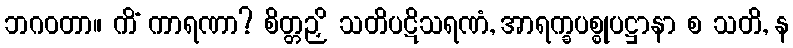
ဘဂဝတာ။ ကိံ ကာရဏာ? စိတ္တဉှိ သတိပဋိသရဏံ, အာရက္ခပစ္စုပဋ္ဌာနာ စ သတိ, န